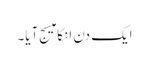
ایک دن انکا میسج آیا۔